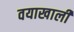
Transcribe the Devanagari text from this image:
वयाखाली